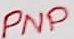
Text: PNP